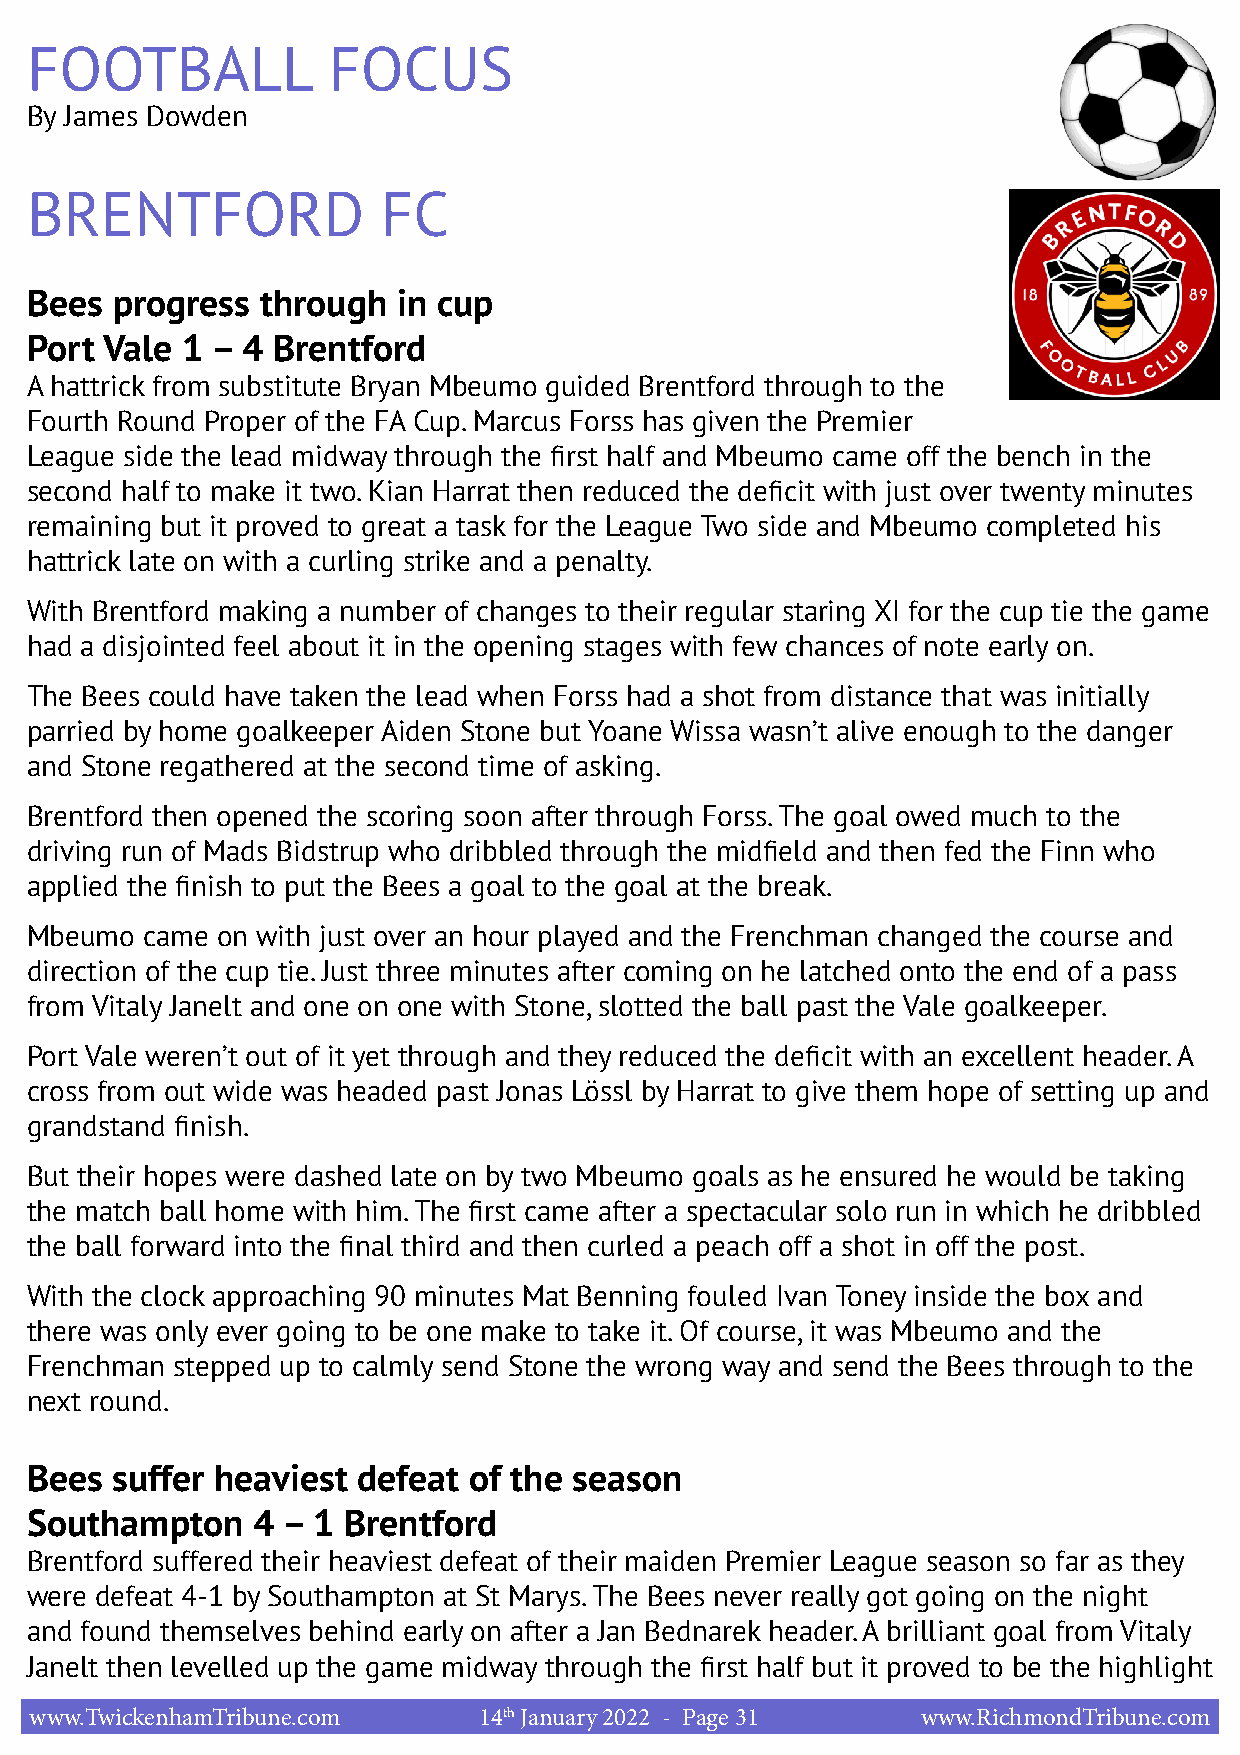
FOOTBALL            FOCUS
 By James Dowden
 BRENTFORD              FC
 Bees progress  through  in cup
 Port Vale 1 – 4 Brentford
 A hattrick from substitute Bryan Mbeumo guided Brentford through to the
 Fourth Round Proper of the FA Cup. Marcus Forss has given the Premier
 League side the lead midway through the first half and Mbeumo came off the bench in the
 second half to make it two. Kian Harrat then reduced the deficit with just over twenty minutes
 remaining but it proved to great a task for the League Two side and Mbeumo completed his
 hattrick late on with a curling strike and a penalty.
 With Brentford making a number of changes to their regular staring XI for the cup tie the game
 had a disjointed feel about it in the opening stages with few chances of note early on.
 The Bees could have taken the lead when Forss had a shot from distance that was initially
 parried by home goalkeeper Aiden Stone but Yoane Wissa wasn’t alive enough to the danger
 and Stone regathered at the second time of asking.
 Brentford then opened the scoring soon after through Forss. The goal owed much to the
 driving run of Mads Bidstrup who dribbled through the midfield and then fed the Finn who
 applied the finish to put the Bees a goal to the goal at the break.
 Mbeumo  came on with just over an hour played and the Frenchman changed the course and
 direction of the cup tie. Just three minutes after coming on he latched onto the end of a pass
 from Vitaly Janelt and one on one with Stone, slotted the ball past the Vale goalkeeper.
 Port Vale weren’t out of it yet through and they reduced the deficit with an excellent header. A
 cross from out wide was headed past Jonas Lössl by Harrat to give them hope of setting up and
 grandstand finish.
 But their hopes were dashed late on by two Mbeumo goals as he ensured he would be taking
 the match ball home with him. The first came after a spectacular solo run in which he dribbled
 the ball forward into the final third and then curled a peach off a shot in off the post.
 With the clock approaching 90 minutes Mat Benning fouled Ivan Toney inside the box and
 there was only ever going to be one make to take it. Of course, it was Mbeumo and the
 Frenchman stepped up to calmly send Stone the wrong way and send the Bees through to the
 next round.
 Bees suffer heaviest  defeat of the season
 Southampton    4 – 1 Brentford
 Brentford suffered their heaviest defeat of their maiden Premier League season so far as they
 were defeat 4-1 by Southampton at St Marys. The Bees never really got going on the night
 and found themselves behind early on after a Jan Bednarek header. A brilliant goal from Vitaly
 Janelt then levelled up the game midway through the first half but it proved to be the highlight
 www.TwickenhamTribune.com     14th January 2022 - Page 31  www.RichmondTribune.com